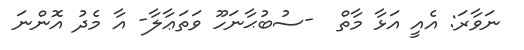
ނަވާރަ: އެއީ އަޅާ މާތް  -ސުބުޙާނަހޫ ވަތަޢާލާ- އާ މެދު އޮންނަ